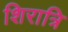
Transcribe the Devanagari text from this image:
शिरात्रि